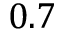
0 . 7